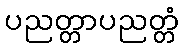
ပညတ္တာပညတ္တံ